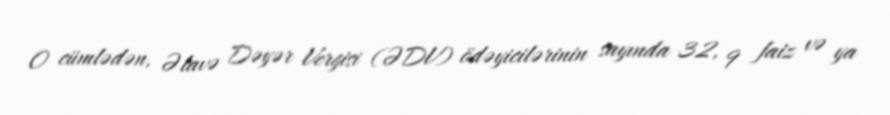
O cümlədən, Əlavə Dəyər Vergisi (ƏDV) ödəyicilərinin sayında 32, 9 faiz və ya